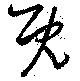
既